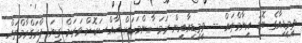
ވީމީޑިއާގެ ބޮޑު އިނާމްތައް -- ވީމީޑިއާއިން ރަމަޟާންމަހަށް ޚާއްސަކޮށް ވަރަށް ގިނަ ޕްރަގްރާމްތައް